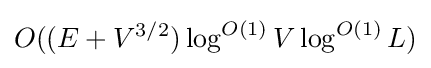
O((E+V^{3/2})\log ^{O(1)}V\log ^{O(1)}L)